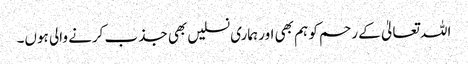
اللہ تعالیٰ کے رحم کو ہم بھی اور ہماری نسلیں بھی جذب کرنے والی ہوں۔